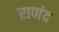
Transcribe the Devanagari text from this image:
राणंद